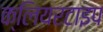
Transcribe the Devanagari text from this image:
क्लियरटाइप